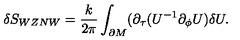
\delta S _ { W Z N W } = \frac { k } { 2 \pi } \int _ { \partial M } ( \partial _ { \tau } ( U ^ { - 1 } \partial _ { \phi } U ) \delta U .